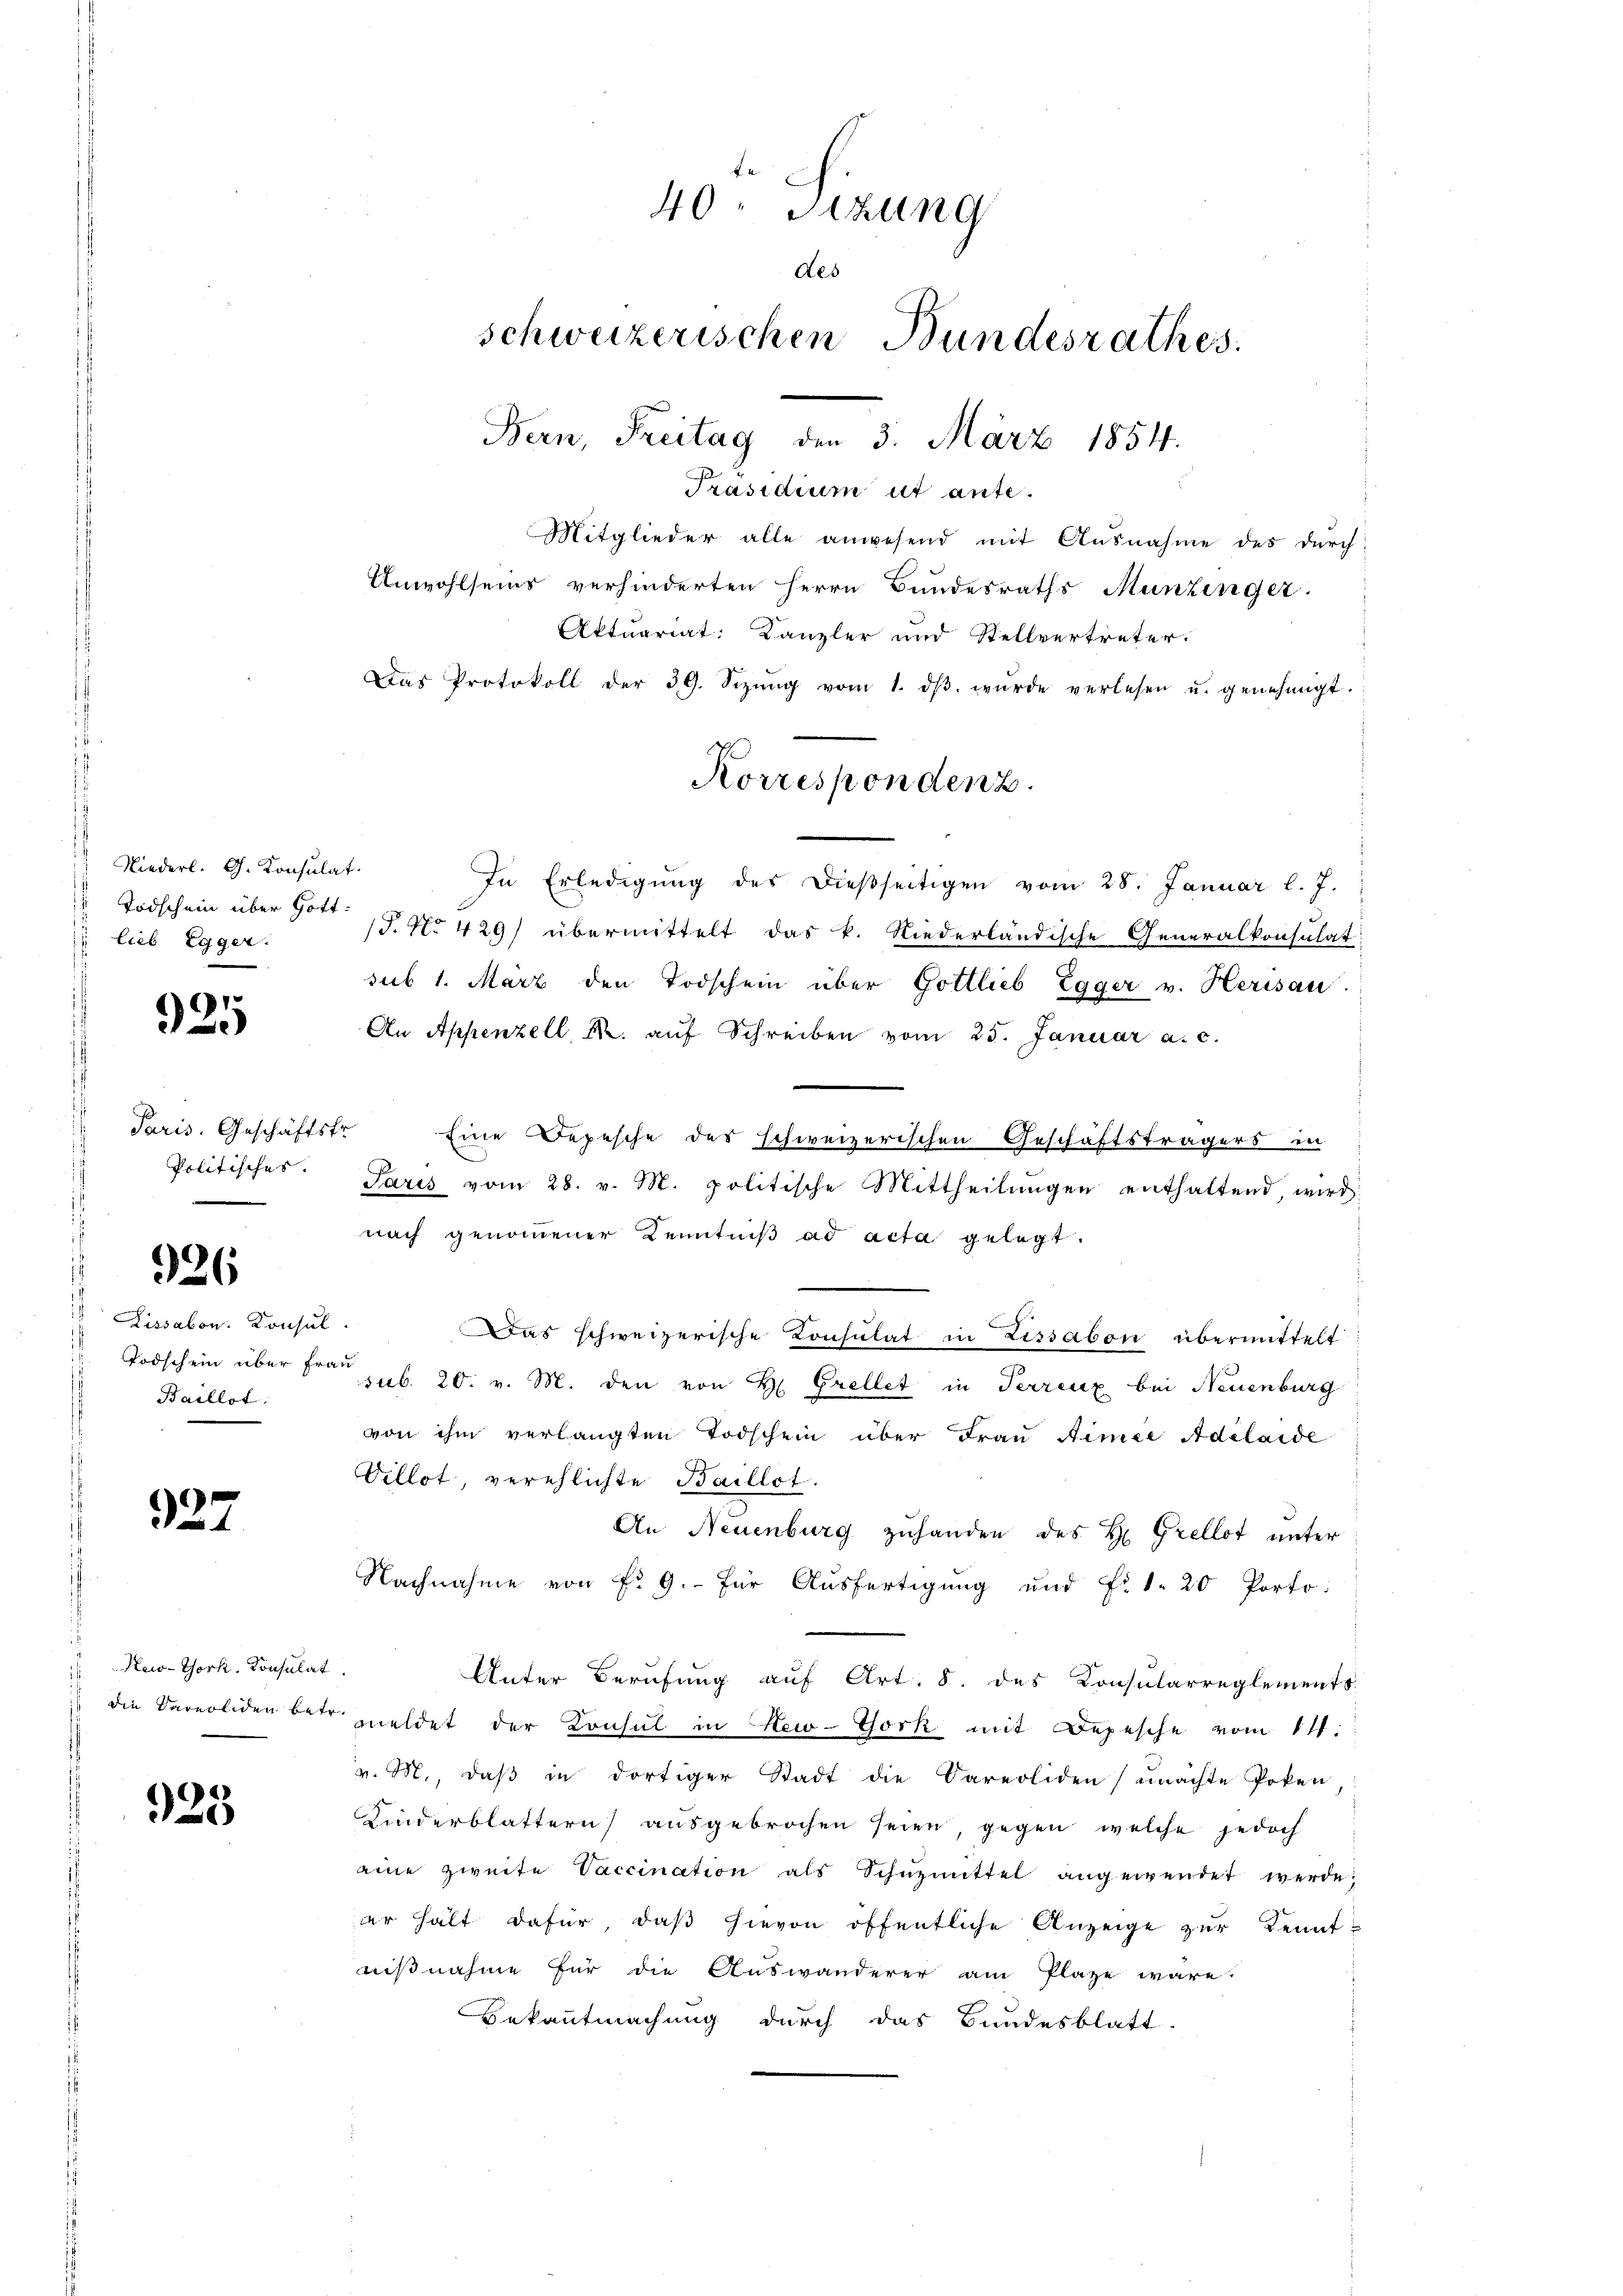
Niederl. G. Konsulat.
Todschein über Gott¬
 lieb Egger.

9

Paris. Geschäftsfr.
Politisches.

926

Lissabon. Konsul
i
Baillot

927

New-York, Konsulat

925

Präsidium ut ante.
Mitglieder alle anwesend mit Ausnahme des durch
Anwohlseins verhinderten Herrn Bundesraths Munzinger.
Aktuariat: Kanzler und Stellvertreter.
Das Protokoll der 39. Sizŭng vom 1. dβ wŭrde verlesen u. genehmigt.
In Erledigŭng des dießseitigen vom 28. Januar l. J.
J. No 429) übermittelt das k. Niederländische Generalkonsulat:
sub 1. März den Todschein über Gottlieb Egger v. Herisau.
An Appenzell, N. aŭf Schreiben vom 25. Januar a. c.
Eine Depesche des schweizerischen Geschäftsträgers in
Paris vom 28. v. M. politische Mittheilŭngen enthaltend, wird
nach genommener Kenntniß ad acta gelegt.
Das schweizerische Consulat in Lissabon übermittelt
Todschein über Frau sub. 20. v. M. den von H. Grellet in Perrenz bei Neuenburg
von ihm verlangten Todschein über Frau Aimée Adelaide
Villot, verehlichte Baillot.
An Neuenburg zuhanden des H. Grellot unter
Nachnahme von fr. 9. Für Ausfertigung und F. 1. 20 Porto:
Unter Berufung auf Art. 8. des Consularreglements
 die Vareoliden betr. meldet der Konsul in New-York mit Depesche vom 11.
v. M., daß in dortiger Stadt die Vareoliden (emachte Poken
Kinderblättern ausgebrochen seien, gegen welche jedoch
eine zweite Vaccination als Schŭzmittel angewendet werde;
ar hält dafür, daß hievon öffentliche Anzeige zur Kenntnißnahme für die Auswanderer am Plaze wäre.
Bekanntmachung durch das Bundesblatt

40 Sizung
des
schweizerischen Bundesrathes.
Bern, Freitag den 3. März 1854.

Korrespondenz.